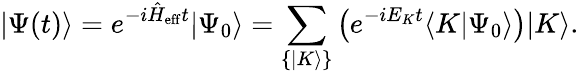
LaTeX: |\Psi(t)\rangle=e^{-i\hat{H}_{\mathrm{eff}}t}|\Psi_{0}\rangle=\sum_{\{ |K\rangle\} }\left(e^{-iE_{K}t}\langle K|\Psi_{0}\rangle\right)|K\rangle.